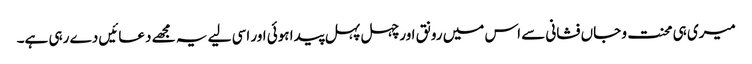
میری ہی محنت و جاں فشانی سے اس میں رونق اور چہل پہل پیدا ہوئی اور اسی لیے یہ مجھے دعائیں دے رہی ہے۔